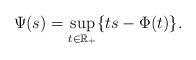
LaTeX: \begin{align*}\Psi(s)=\sup_{t\in\mathbb R_+}\{ts - \Phi(t)\}.\end{align*}